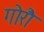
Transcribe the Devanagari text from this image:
गोरौ